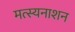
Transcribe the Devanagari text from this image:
मत्स्यनाशन